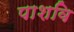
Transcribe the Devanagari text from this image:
पाशवि